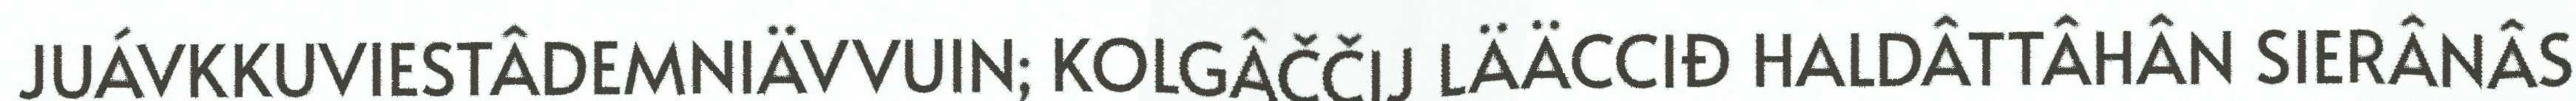
JUÁVKKUVIESTÂDEMNIÄVVUIN; KOLGÂČČIJ LÄÄCCIĐ HALDÂTTÂHÂN SIERÂNÂS